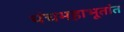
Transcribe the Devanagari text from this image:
पंचमहाभूतांत